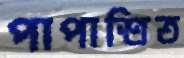
পাপাশ্রিত